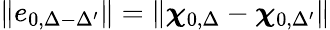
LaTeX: \| e_{0,\Delta-\Delta^{\prime}}\| =\| \boldsymbol{\chi}_{0,\Delta}-\boldsymbol{\chi}_{0,\Delta^{\prime}}\|